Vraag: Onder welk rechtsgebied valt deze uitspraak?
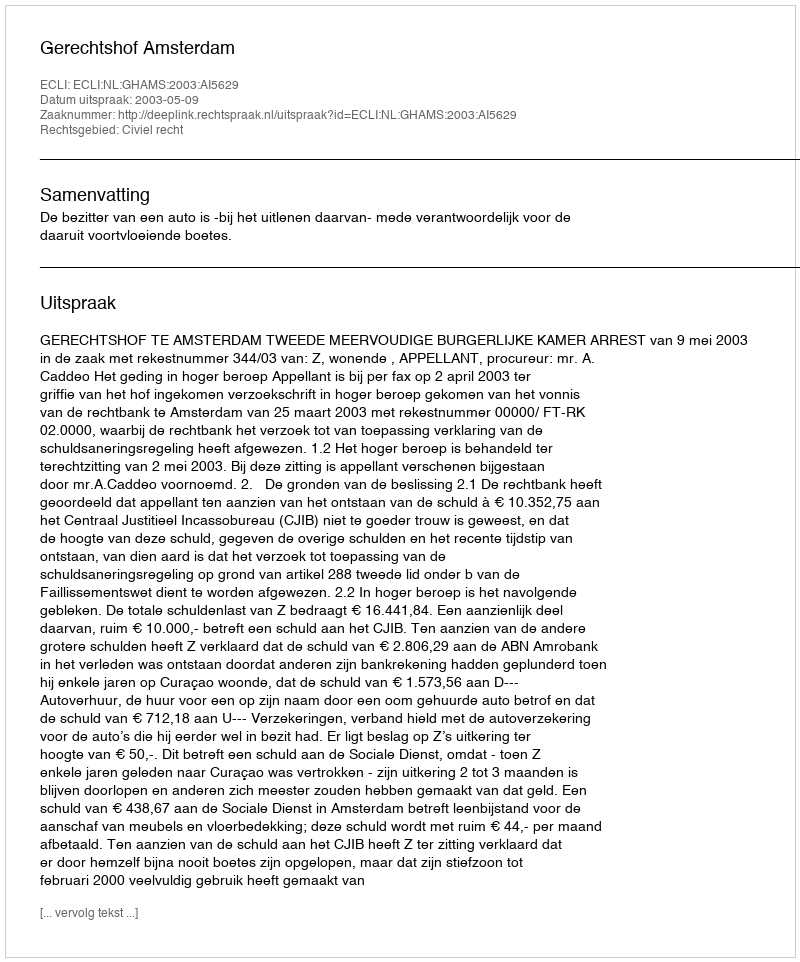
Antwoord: Civiel recht